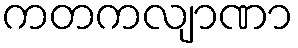
ကတကလျာဏာ